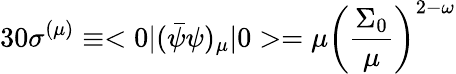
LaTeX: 30\sigma^{(\mu)}\equiv<0\vert(\bar{\psi}\psi)_{\mu}\vert 0>=\mu\left(\frac{\Sigma_{0}}{\mu}\right)^{2-\omega}